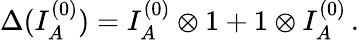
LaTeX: \Delta(I_{A}^{(0)})=I_{A}^{(0)}\otimes 1+1\otimes I_{A}^{(0)}\, .